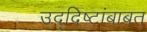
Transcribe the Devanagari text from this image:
उद्दिष्टांबाबत